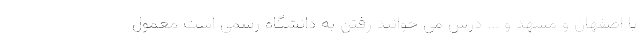
یا اصفهان و مشهد و ... درس می خوانند رفتن به دانشگاه رسمی است معمول